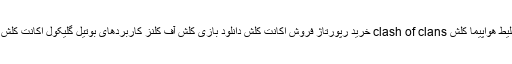
خرید اکانت کلش خرید بلیط هواپیما کلش clash of clans خرید رپورتاژ فروش اکانت کلش دانلود بازی کلش آف کلنز کاربردهای بوتیل گلیکول اکانت کلش خرید آنلاین بلیط هواپیما